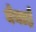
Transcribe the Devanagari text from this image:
बेनाई